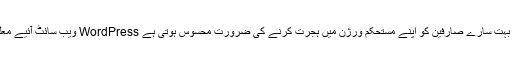
لیکن ابھی بھی بہت سارے صارفین کو اپنے مستحکم ورژن میں ہجرت کرنے کی ضرورت محسوس ہوتی ہے WordPress ویب سائٹ آئیے معلوم کریں کیوں۔